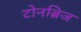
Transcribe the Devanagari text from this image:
टोनब्रिज